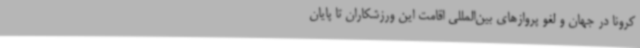
کرونا در جهان و لغو پروازهای بین‌المللی اقامت این ورزشکاران تا پایان